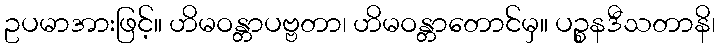
ဥပမာအားဖြင့်။ ဟိမဝန္တာပဗ္ဗတာ၊ ဟိမဝန္တာတောင်မှ။ ပဉ္စနဒီသတာနိ၊